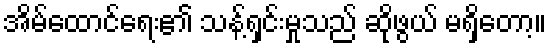
အိမ်ထောင်ရေး၏ သန့်ရှင်းမှုသည် ဆိုဖွယ် မရှိတော့။